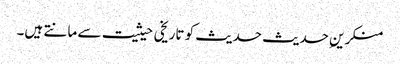
منکرینِ حدیث حدیث کو تاریخی حیثیت سے مانتے ہیں۔